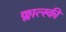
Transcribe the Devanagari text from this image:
क्लात्स्की